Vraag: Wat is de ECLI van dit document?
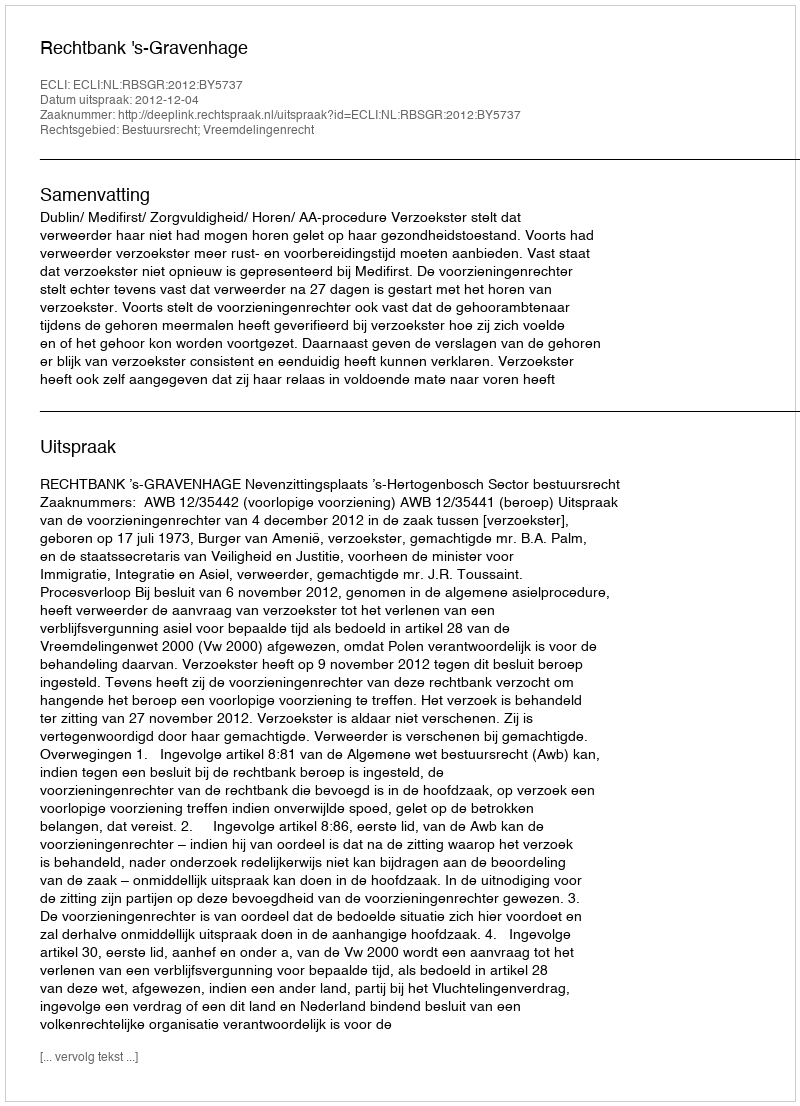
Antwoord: ECLI:NL:RBSGR:2012:BY5737